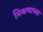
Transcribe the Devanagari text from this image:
मिश्रणाच्या